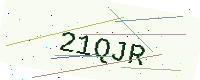
Text: 21QJR